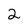
Character: 2